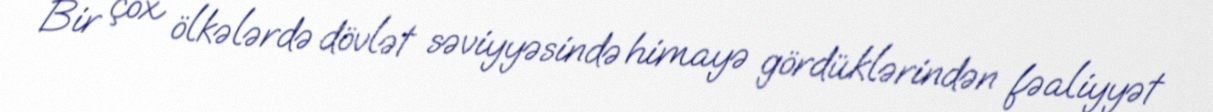
Bir çox ölkələrdə dövlət səviyyəsində himayə gördüklərindən fəaliyyət